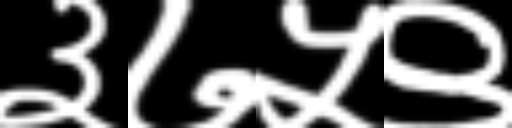
Text: ३७५९